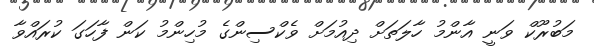
މަބުރޫކް ވަނީ އާންމު ހާލަތަށް ދިއުމަށް ވެކްސިންގެ މުހިންމު ކަން ފާހަގަ ކުރައްވާ